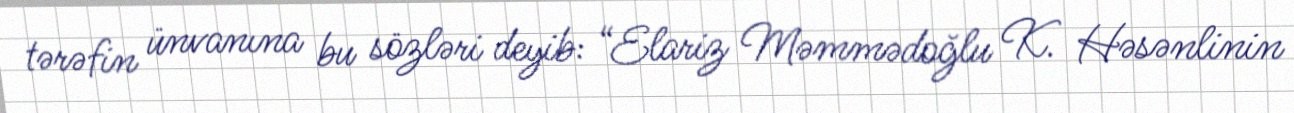
tərəfin ünvanına bu sözləri deyib: “Elariz Məmmədoğlu K. Həsənlinin